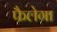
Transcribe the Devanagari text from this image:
फैलेगा